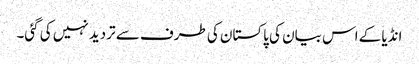
انڈیا کے اس بیان کی پاکستان کی طرف سے تردید نہیں کی گئی۔